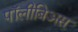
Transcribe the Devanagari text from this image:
पॉलीबिअस